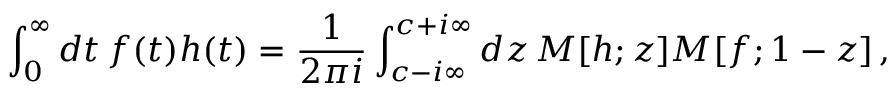
\int _ { 0 } ^ { \infty } d t \, f ( t ) h ( t ) = { \frac { 1 } { 2 \pi i } } \int _ { c - i \infty } ^ { c + i \infty } d z \, M [ h ; z ] M [ f ; 1 - z ] \, ,